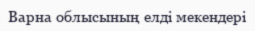
Варна облысының елді мекендері